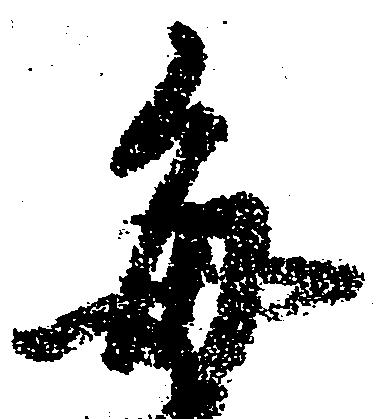
毎